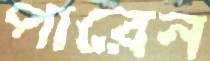
পারেন